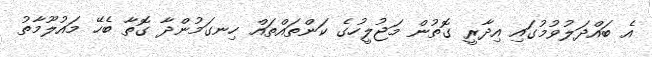
އެ ބައްދަލުވުމުގައި އިދާރީ ގޮތުން މަޖުލީހުގެ ކަންތައްތައް ހިނގަމުންދާ ގޮތާ ބެހޭ މައުލޫމާތު